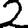
Digit: 2